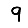
Digit: 9